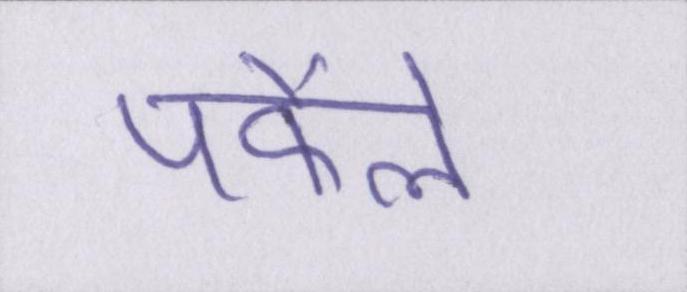
पफैले